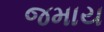
જમાય